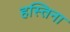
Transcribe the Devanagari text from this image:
हस्तिना